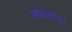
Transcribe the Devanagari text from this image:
नफ्रेोसाइट